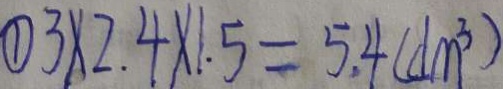
\textcircled { 1 } 3 \times 2 . 4 \times 1 . 5 = 5 . 4 ( d m ^ { 3 } )